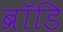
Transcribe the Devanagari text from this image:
ब्रॉडि